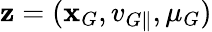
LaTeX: \mathbf{z}=(\mathbf{x}_{G},v_{G\parallel},\mu_{G})